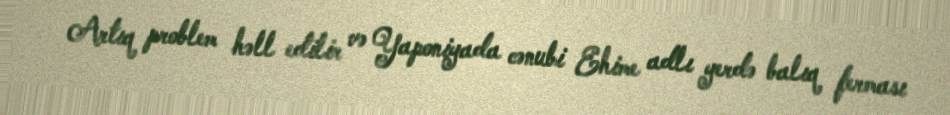
Artıq problem həll edilir və Yaponiyada cənubi Ehime adlı yerdə balıq ferması